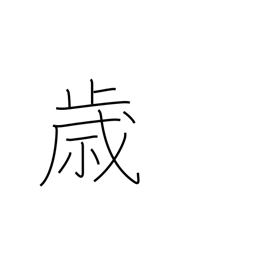
Meaning: opportunity